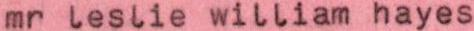
mr leslie william hayes